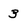
Character: 3